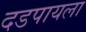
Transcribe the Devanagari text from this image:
दडपायला